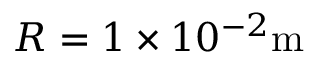
R = 1 \times 1 0 ^ { - 2 } \mathrm { m }